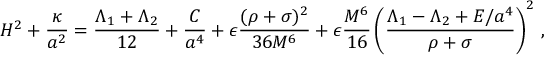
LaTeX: H ^ { 2 } + { \frac { \kappa } { a ^ { 2 } } } = { \frac { \Lambda _ { 1 } + \Lambda _ { 2 } } { 1 2 } } + { \frac { C } { a ^ { 4 } } } + \epsilon { \frac { ( \rho + \sigma ) ^ { 2 } } { 3 6 M ^ { 6 } } } + \epsilon { \frac { M ^ { 6 } } { 1 6 } } \left( { \frac { \Lambda _ { 1 } - \Lambda _ { 2 } + E / a ^ { 4 } } { \rho + \sigma } } \right) ^ { 2 } \, ,